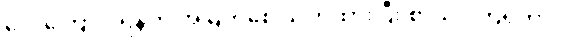
လေကြောင်းရန်ကို အမြဲတစေ သတိထားပြီး စာသင်ကြရတာပါ။